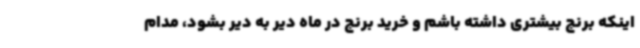
اینکه برنج بیشتری داشته باشم و خرید برنج در ماه دیر به دیر بشود، مدام